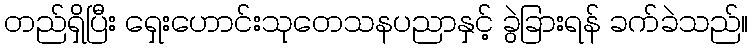
တည်ရှိပြီး ရှေးဟောင်းသုတေသနပညာနှင့် ခွဲခြားရန် ခက်ခဲသည်။